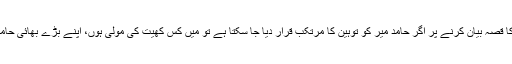
مفتی قوی ایک تو عالم دین ٹھہرے کہ جناب ایک عالم دین کا قصہ بیان کرنے پر اگر حامد میر کو توہین کا مرتکب قرار دیا جا سکتا ہے تو میں کس کھیت کی مولی ہوں، اپنے بڑے بھائی حامد میر کو اللہ سلامت رکھے ان کو تو گارڈ بھی حاصل ہے۔